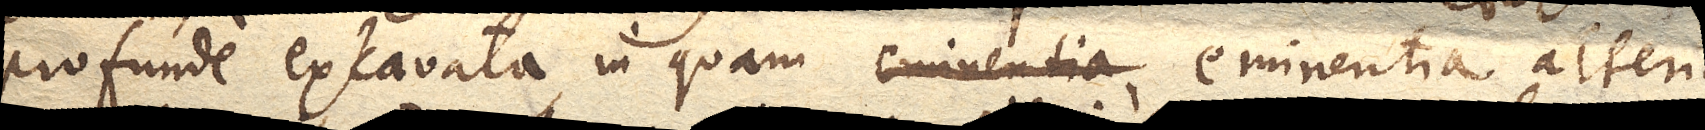
profunde excavata in quam eminentia alterius